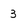
Character: 3